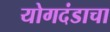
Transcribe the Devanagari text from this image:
योगदंडाचा